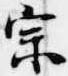
宗